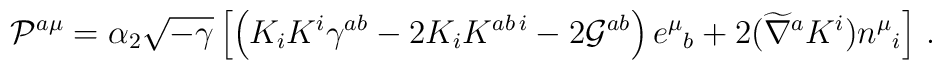
{\cal P}^{a\mu } = \alpha_2  \sqrt{-\gamma} \left[ \left( K_i K^i \gamma^{ab}- 2 K_i K^{ab\,i} - 2 {\cal G}^{ab} \right) e^\mu{}_b + 2 (\widetilde\nabla^a K^{i}) n^\mu{}_i \right]\,.